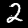
Digit: 2